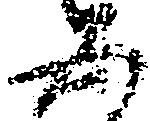
五